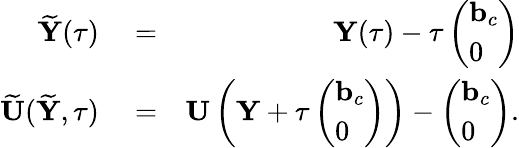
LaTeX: \begin{array}{rlr}{\widetilde{{\mathbf Y}}(\tau)}&{{}=}&{{\mathbf Y}(\tau)-\tau\left(\begin{array}{l}{{\mathbf b}_{c}}\\ {0}\end{array}\right)}\\ {\widetilde{{\mathbf U}}(\widetilde{{\mathbf Y}},\tau)}&{{}=}&{{\mathbf U}\left({\mathbf Y}+\tau\left(\begin{array}{l}{{\mathbf b}_{c}}\\ {0}\end{array}\right)\right)-\left(\begin{array}{l}{{\mathbf b}_{c}}\\ {0}\end{array}\right).}\end{array}